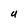
Character: U